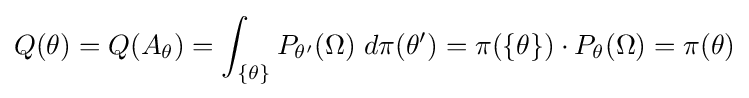
Q(\theta )=Q(A_{\theta })=\int _{\lbrace \theta \rbrace }P_{\theta '}(\Omega )\;d\pi (\theta ')=\pi (\lbrace \theta \rbrace )\cdot P_{\theta }(\Omega )=\pi (\theta )